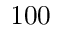
1 0 0